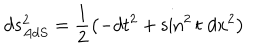
d s _ { A d S } ^ { 2 } = \frac { 1 } { 2 } \left( - d t ^ { 2 } + \sin ^ { 2 } t \; d x ^ { 2 } \right)